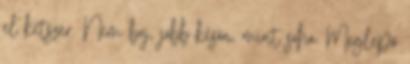
el kétszer. Nem baj, jobb későn, mint soha. Meglepő